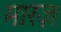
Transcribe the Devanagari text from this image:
मारज़